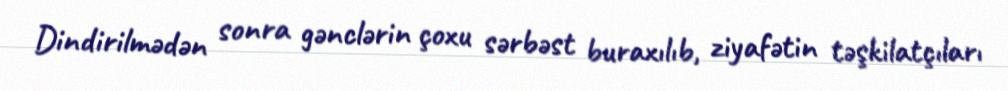
Dindirilmədən sonra gənclərin çoxu sərbəst buraxılıb, ziyafətin təşkilatçıları